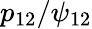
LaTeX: p_{12}/\psi_{12}